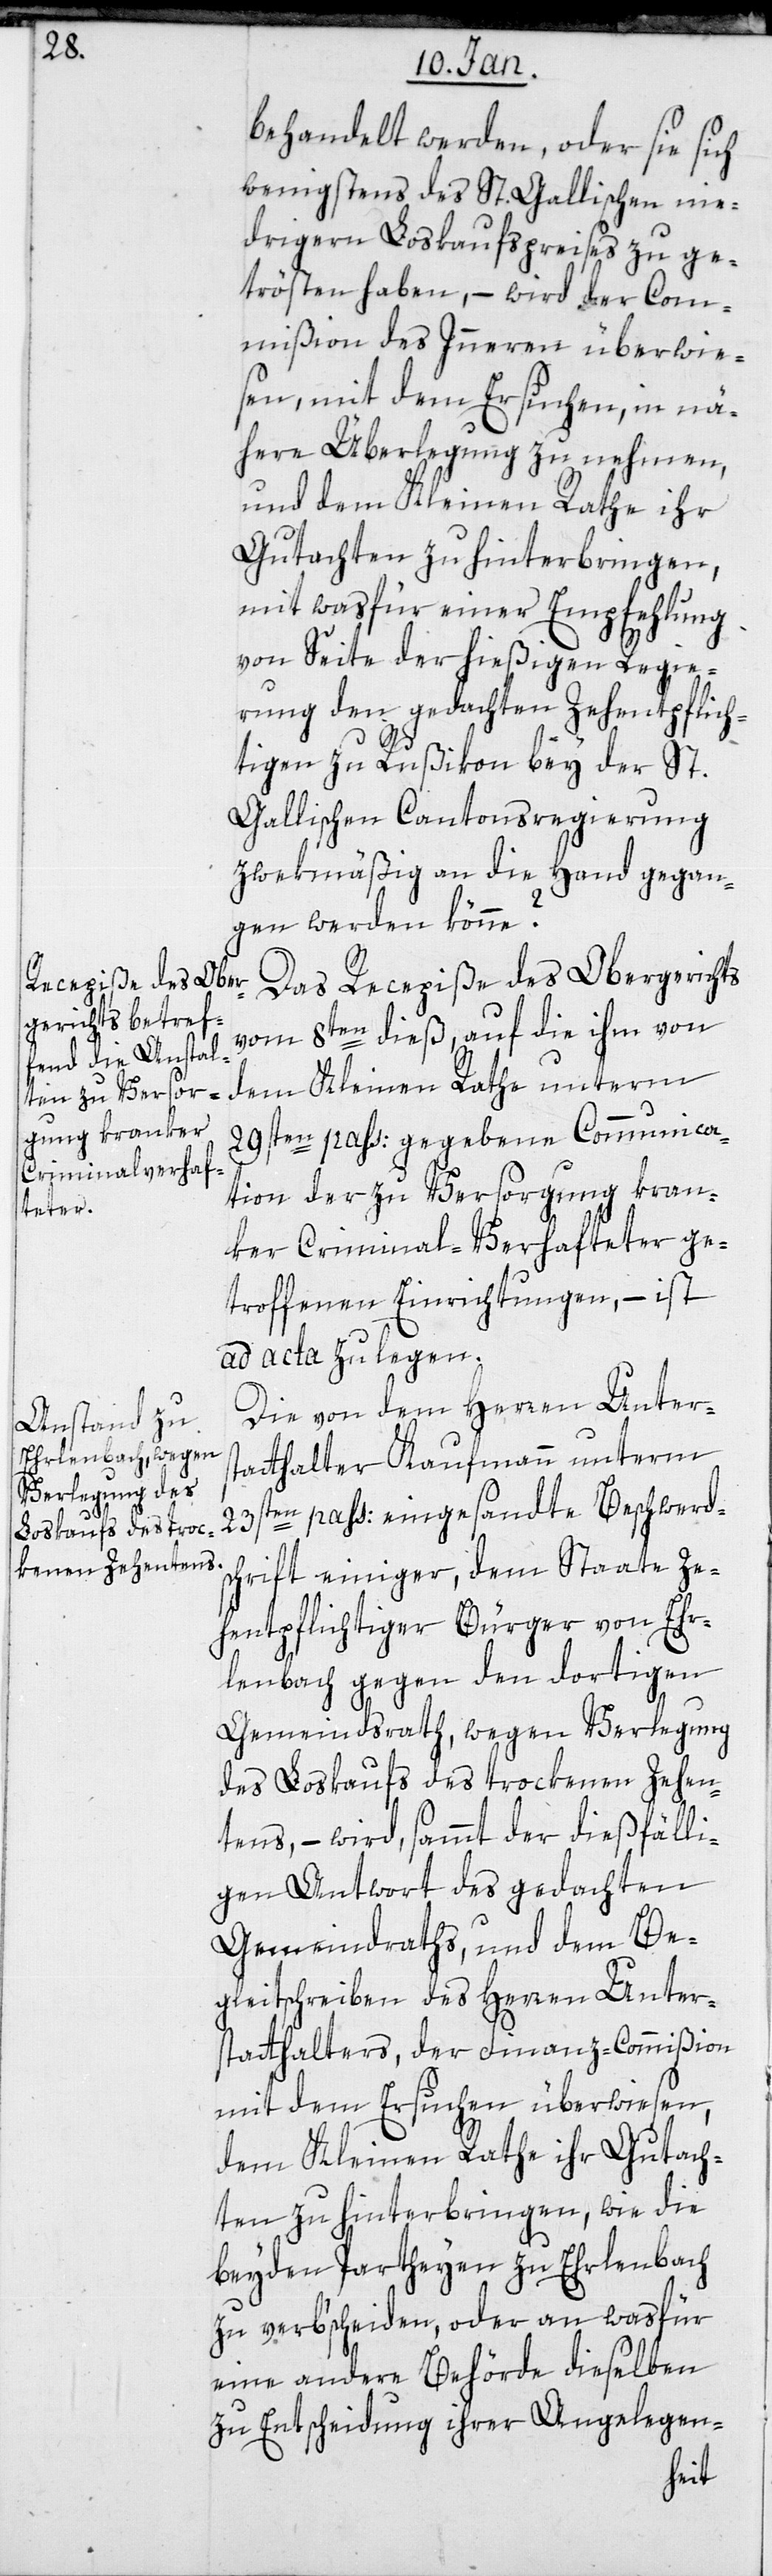
behandelt werden, oder sie sich
wenigstens des St. Gallischen nie¬
drigern Loskaufpreises zu ge¬
trösten haben, – wird der Com¬
mißion des Innern überwie¬
sen, mit dem Ersuchen, in nä¬
here Überlegung zu nehmen,
und dem Kleinen Rathe ihr
Gutachten zu hinterbringen,
mit was für einer Empfehlung
von Seite der hießigen Regie¬
rung den gedachten Zehentpflich¬
tigen zu Rußikon bei der St.
Gallischen Cantonsregierung
zweckmäßig an die Hand gegan¬
gen werden könne?
Das Recepiße des Obergerichts
vom 8ten dieß, auf die ihm von
dem Kleinen Rathe unterm
29sten passati gegebene Communica¬
tion der zu Versorgung kran¬
ker Criminal-Verhafteter ge¬
troffenen Einrichtungen, – ist
ad acta zu legen.
Die von dem Herren Unters¬
tatthalter Kaufmann unterm
23sten pass: eingesandte Beschwerd¬
schrift einiger, dem Staate ze¬
hentpflichtiger Bürger von Er¬
lenbach gegen den dortigen
Gemeindsrath, wegen Verlegung
des Loskaufs des trockenen Zehen¬
tens, – wird, sammt der dießfälli¬
gen Antwort des gedachten
Gemeindraths, und dem Be¬
gleitschreiben des Herren Unter¬
statthalters, der Finanz-Commißion
mit dem Ersuchen überwiesen,
dem Kleinen Rathe ihr Gutach¬
ten zu hinterbringen, wie die
beyden Parteyen zu Erlenbach
zu verbscheiden, oder an was für
eine andere Behörde dieselben
zu Entscheidung ihrer Angelegen-